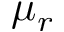
\mu _ { r }